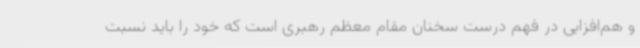
و هم‌افزایی در فهم درست سخنان مقام معظم رهبری است که خود را باید نسبت